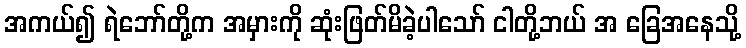
အကယ်၍ ရဲဘော်တို့က အမှားကို ဆုံးဖြတ်မိခဲ့ပါသော် ငါတို့ဘယ် အ ခြေအနေသို့